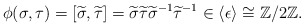
\begin{align*}\phi(\sigma, \tau) = [\widetilde \sigma, \widetilde \tau] = \widetilde \sigma \widetilde \tau {\widetilde \sigma}^{-1} {\widetilde \tau}^{-1} \in \langle \epsilon \rangle \cong \mathbb Z/ 2 \mathbb Z.\end{align*}